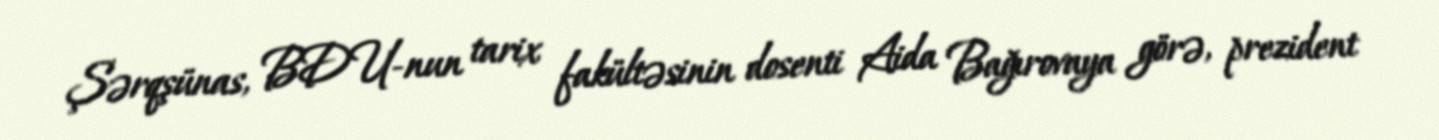
Şərqşünas, BDU-nun tarix fakültəsinin dosenti Aida Bağırovaya görə, prezident